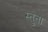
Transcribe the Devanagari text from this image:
स्तुता